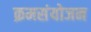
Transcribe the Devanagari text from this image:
क्रमसंयोजन